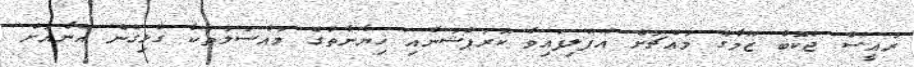
ރައީސް ޖެކޮބް ޒޫމާގެ މައްޗަށް އުފުލިފައިވާ ކޮރަޕްޝަނާއި ޚިޔާނާތުގެ މައްސަލަތަކާ ގުޅިގެން އޭނާއަށް